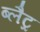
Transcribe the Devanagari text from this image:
ब्लैट्र